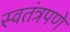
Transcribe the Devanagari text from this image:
स्‍वतंत्रपणे